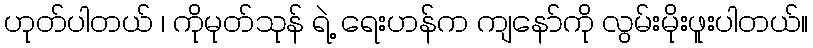
ဟုတ်ပါတယ် ၊ ကိုမုတ်သုန် ရဲ့ ရေးဟန်က ကျနော်ကို လွမ်းမိုးဖူးပါတယ်။